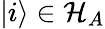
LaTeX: |i\rangle\in\mathcal{H}_{A}